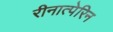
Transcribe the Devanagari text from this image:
रीनात्पेरिन